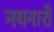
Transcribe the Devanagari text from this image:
नयनारों